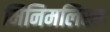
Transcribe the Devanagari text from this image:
मिनिमलिस्म